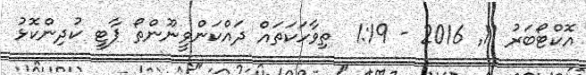
އޮކްޓޯބަރު 11